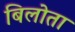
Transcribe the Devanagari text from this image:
बिलोता